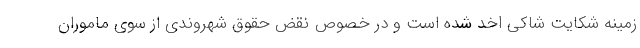
زمینه شکایت شاکی اخد شده است و در خصوص نقض حقوق شهروندی از سوی ماموران